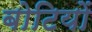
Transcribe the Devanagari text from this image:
बोटियों